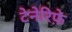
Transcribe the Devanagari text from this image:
टेनेरिफ़े